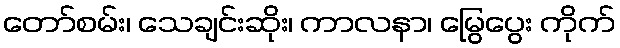
တော်စမ်း၊ သေချင်းဆိုး၊ ကာလနာ၊ မြွေပွေး ကိုက်